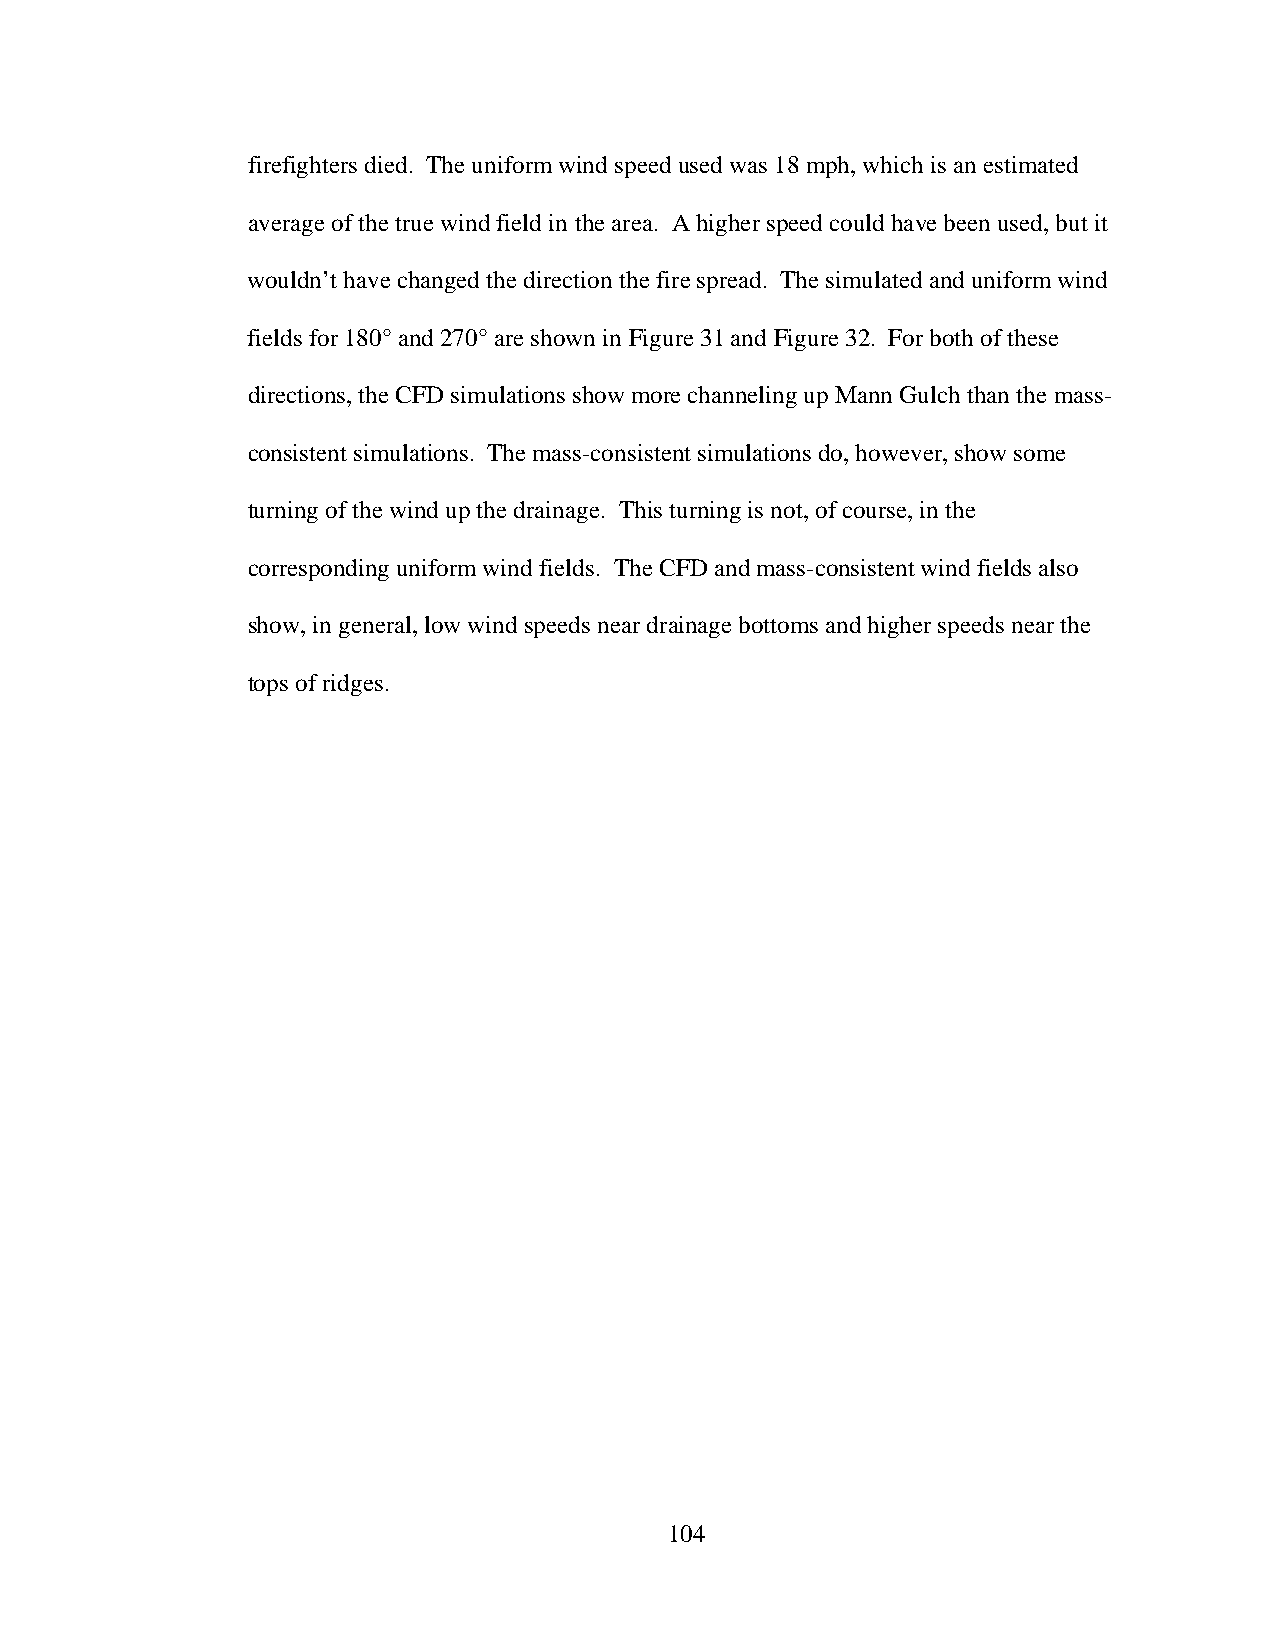
firefighters died. The uniform wind speed used was 18 mph, which is an estimated
 average of the true wind field in the area. A higher speed could have been used, but it
 wouldn’t have changed the direction the fire spread. The simulated and uniform wind
 fields for 180° and 270° are shown in Figure 31 and Figure 32. For both of these
 directions, the CFD simulations show more channeling up Mann Gulch than the mass-
 consistent simulations. The mass-consistent simulations do, however, show some
 turning of the wind up the drainage. This turning is not, of course, in the
 corresponding uniform wind fields. The CFD and mass-consistent wind fields also
 show, in general, low wind speeds near drainage bottoms and higher speeds near the
 tops of ridges.
 104